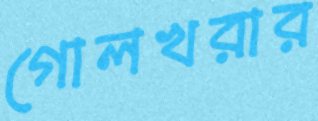
গোলখরার